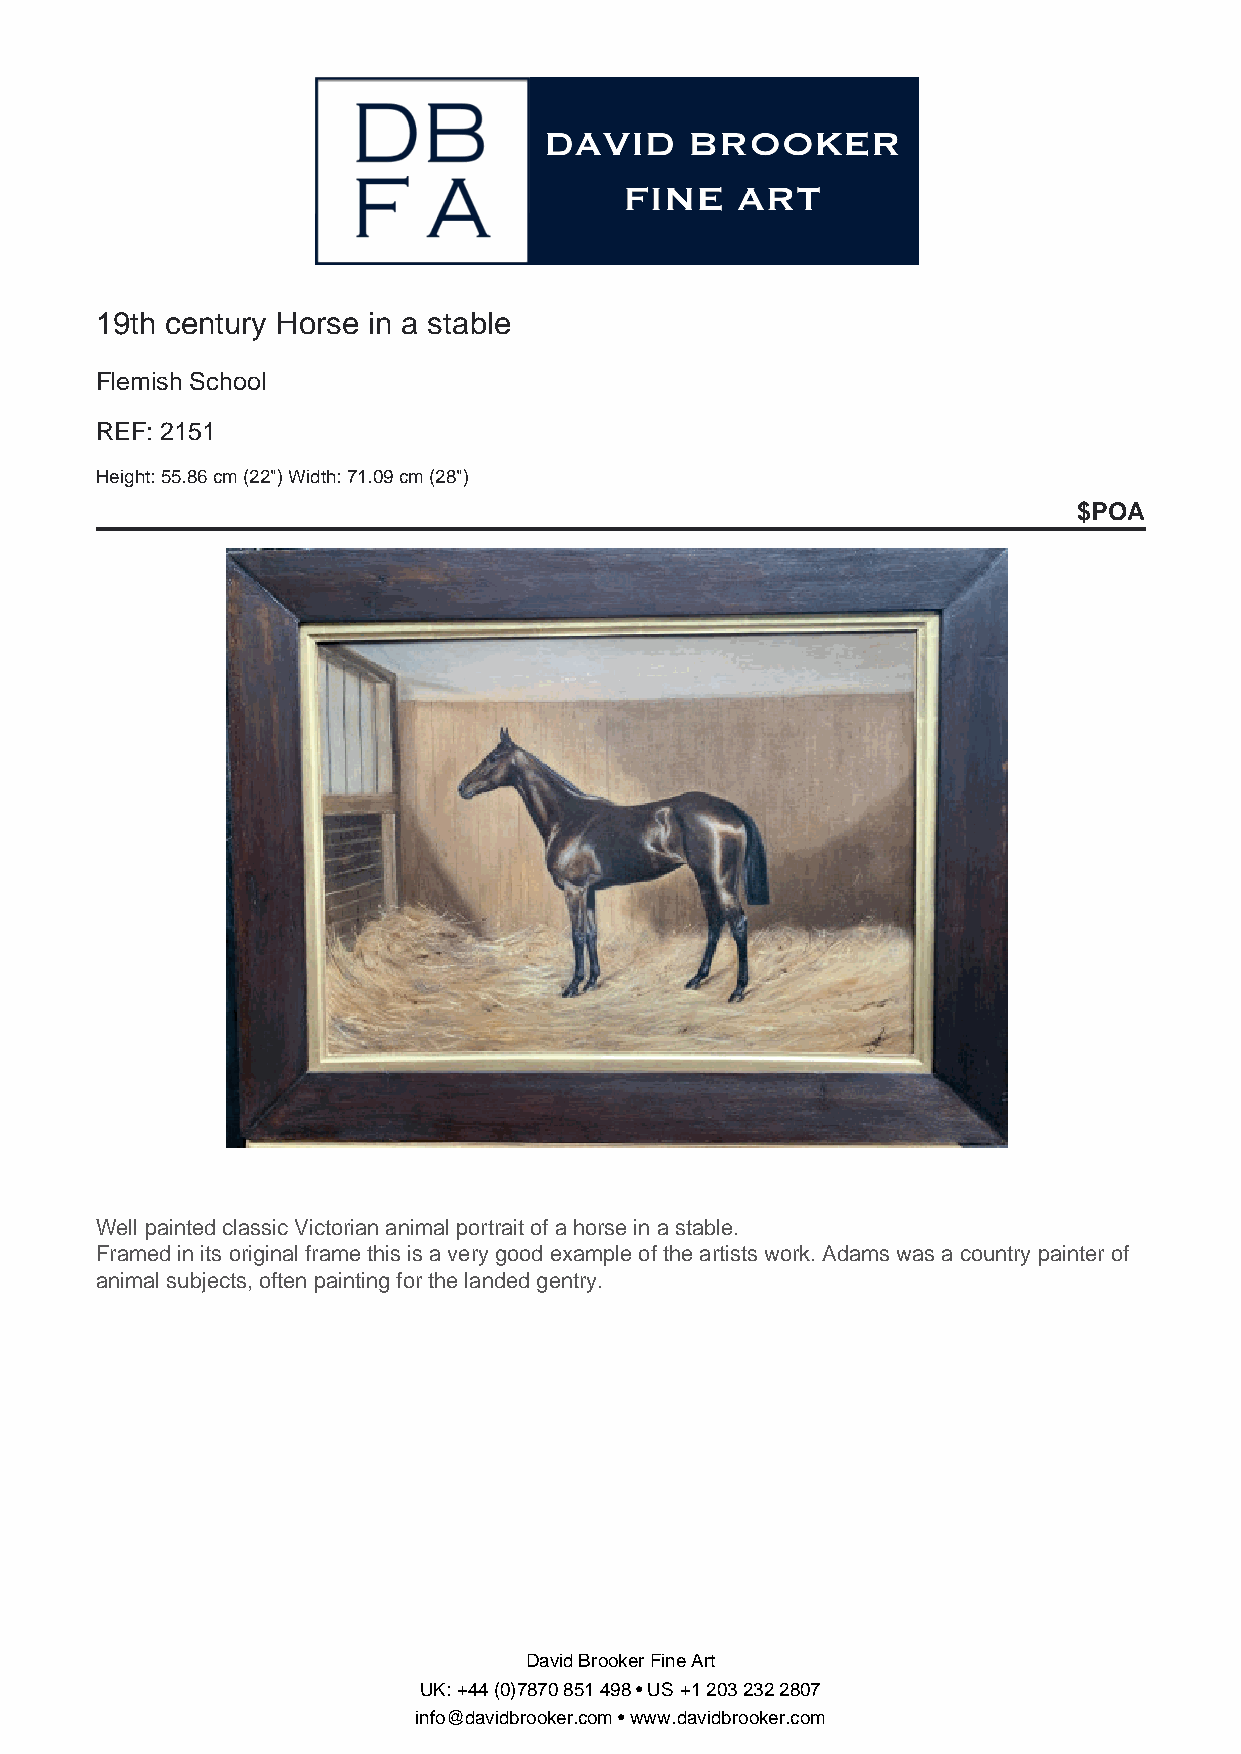
19th century Horse in a stable
 Flemish School
 REF: 2151
 Height: 55.86 cm (22") Width: 71.09 cm (28")
 $POA
 Well painted classic Victorian animal portrait of a horse in a stable.
 Framed in its original frame this is a very good example of the artists work. Adams was a country painter of
 animal subjects, often painting for the landed gentry.
 David Brooker Fine Art
 UK: +44 (0)7870 851 498 • US +1 203 232 2807
 info@davidbrooker.com • www.davidbrooker.com